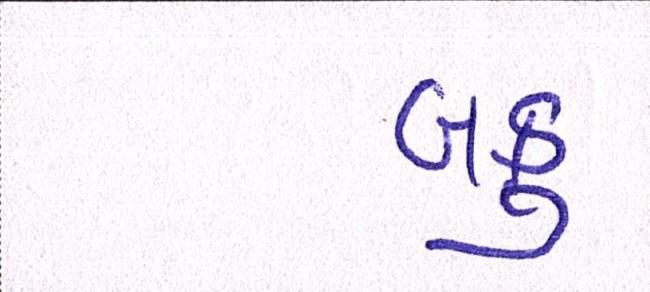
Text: બકુ